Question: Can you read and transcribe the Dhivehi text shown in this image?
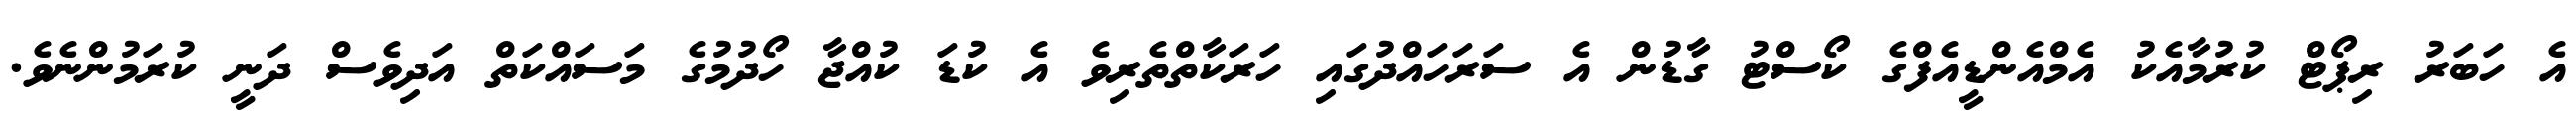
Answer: އެ ހަބަރު ރިޕޯޓް ކުރުމާއެކު އެމްއެންޑީއެފްގެ ކޯސްޓު ގާޑުން އެ ސަރަހައްދުގައި ހަރަކާތްތެރިވެ އެ ކުޑަ ކުއްޖާ ހޯދުމުގެ މަސައްކަތް އަދިވެސް ދަނީ ކުރަމުންނެވެ.